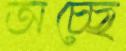
অচ্ছে